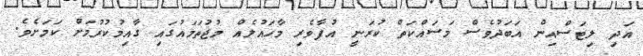
އަދި ލިޓަސްއިން އަބަދުވެސް މަސައްކަތް ކުރަނީ އުފާވެރި މާހައުލެއް މުޖުތަމައުގައި ގާއިމުކުރުމަށް ކަމަށެވެ.